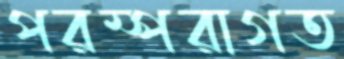
পরম্পরাগত